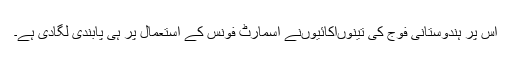
اس پر ہندوستانی فوج کی تینوںاکائیوںنے اسمارٹ فونس کے استعمال پر ہی پابندی لگادی ہے۔